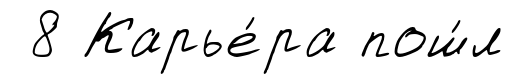
8 Карье́ра пош́л